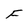
Character: F